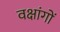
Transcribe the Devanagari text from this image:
वक्षांगों